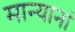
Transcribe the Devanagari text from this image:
मान्यानां